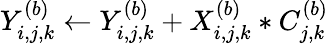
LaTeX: Y_{i,j,k}^{(b)}\gets Y_{i,j,k}^{(b)}+X_{i,j,k}^{(b)}*C_{j,k}^{(b)}